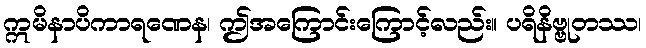
ဣမိနာပိကာရဏေန၊ ဤအကြောင်းကြောင့်လည်း။ ပရိနိဗ္ဗုတဿ၊